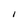
Character: I